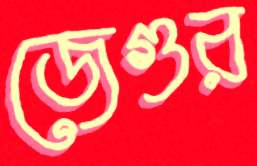
জেগুর